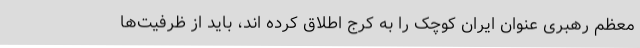
معظم رهبری عنوان ایران کوچک را به کرج اطلاق کرده اند، باید از ظرفیت‌ها